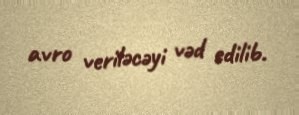
avro veriləcəyi vəd edilib.